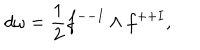
LaTeX: d \omega = { \frac { 1 } { 2 } } f ^ { -- I } \wedge f ^ { + + I } ,